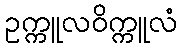
ဥက္ကူလဝိက္ကူလံ